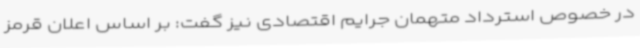
در خصوص استرداد متهمان جرایم اقتصادی نیز گفت: بر اساس اعلان قرمز